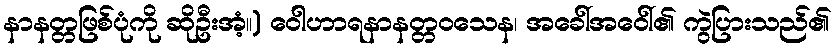
နာနတ္တဖြစ်ပုံကို ဆိုဦးအံ့။) ဝေါဟာရနာနတ္တဝသေန၊ အခေါ်အဝေါ်၏ ကွဲပြားသည်၏